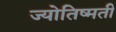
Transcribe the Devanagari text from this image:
ज्योतिष्मती